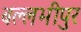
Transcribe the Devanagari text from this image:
बल्लभीपुर